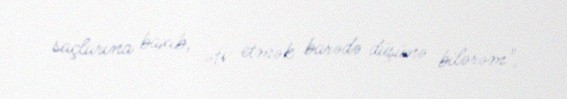
saçlarına baxıb, əfv etmək barədə düşünə bilərəm".